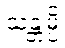
သန္တမ္ပိ